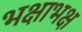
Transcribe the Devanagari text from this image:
भक्षाभक्ष